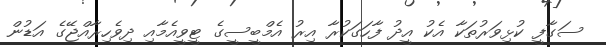
ސަގާފީ ކުޅިވަރުތަކާ އެކު އީދު ފާހަގަކުރާ އިރު އެމްބީސީގެ ޓީވީއެމާއި ދިވެހިރާއްޖޭގެ އަޑުން